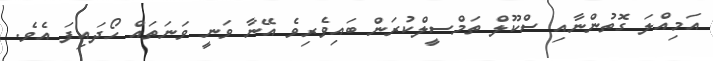
އަމިއްލަ ގޮތުންނާއި ސްކޫލް ތަމްސީލްކުރަން ބައިވެރިވެ އޭނާ ވަނީ ވަނަތައް ހޯދައިފަ އެވެ.